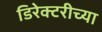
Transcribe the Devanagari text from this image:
डिरेक्टरीच्या